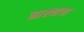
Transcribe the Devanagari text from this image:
नाष्ट्याचा